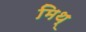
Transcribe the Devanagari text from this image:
मिथ्